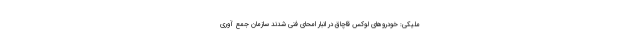
ملیكی: خودروهای لوكس قاچاق در انبار امحای فنی شدند سازمان جمع آوری